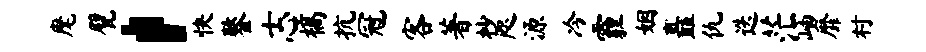
麾甓，快鏊士心槁抗冠客著杪咫源冷霾姻矗仇迭茫岫靡村